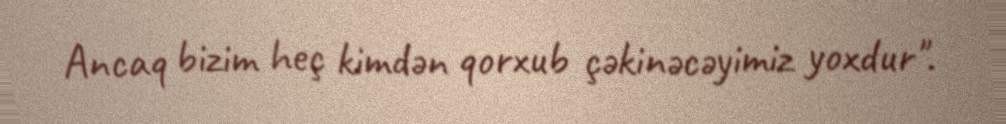
Ancaq bizim heç kimdən qorxub çəkinəcəyimiz yoxdur".